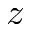
z